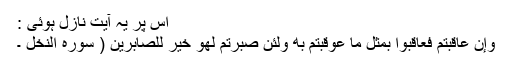
اس پر یہ آیت نازل ہوئی :
وَإِنْ عَاقَبْتُمْ فَعَاقِبُوا بِمِثْلِ مَا عُوقِبْتُمْ بِهِ وَلَئِنْ صَبَرْتُمْ لَهُوَ خَيْرٌ لِلصَّابِرِينَ ( سورہ النخل ۔